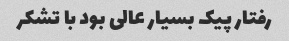
رفتار پیک بسیار عالی بود با تشکر